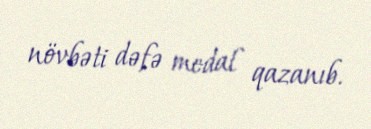
növbəti dəfə medal qazanıb.